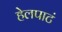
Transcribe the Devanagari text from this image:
हेलपाटं